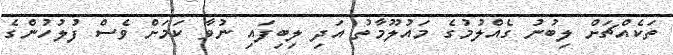
ތަކެއްޗަށް ލިބުނު ގެއްލުމުގެ މައުލޫމާތު އަދި ލިބިފައި ނުވާ ކަމަށް ވެސް ފުލުހުންގެ